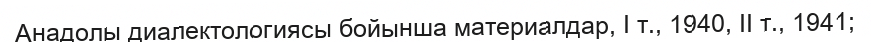
Анадолы диалектологиясы бойынша материалдар, І т., 1940, ІІ т., 1941;